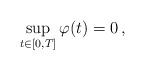
\begin{align*}\sup_{t\in[0,T]}\varphi(t) = 0\, ,\end{align*}